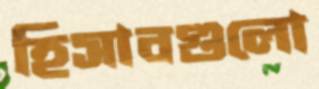
হিসাবগুলো